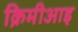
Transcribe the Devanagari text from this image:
क्रिमीआइ